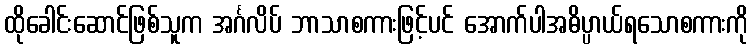
ထိုခေါင်းဆောင်ဖြစ်သူက အင်္ဂလိပ် ဘာသာစကားဖြင့်ပင် အောက်ပါအဓိပ္ပာယ်ရသောစကားကို